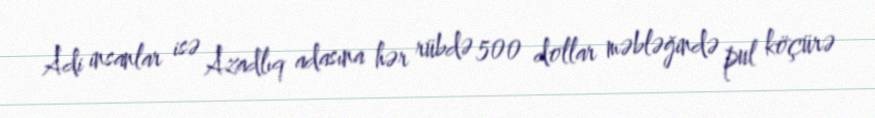
Adi insanlar isə Azadlıq adasına hər rübdə 500 dollar məbləğində pul köçürə